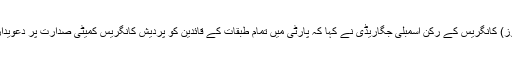
20 نومبر (سیاست نیوز) کانگریس کے رکن اسمبلی جگاریڈی نے کہا کہ پارٹی میں تمام طبقات کے قائدین کو پردیش کانگریس کمیٹی صدارت پر دعویداری کا حق حاصل ہے۔